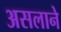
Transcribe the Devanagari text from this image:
असलाने